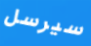
سيرسل